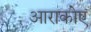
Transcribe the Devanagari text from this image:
आराकोए